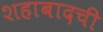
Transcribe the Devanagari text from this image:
शहाबादची